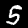
Label: 5